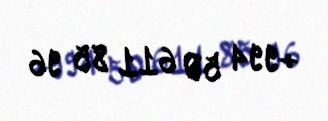
+994 50 611 85 96